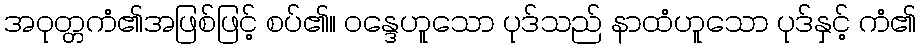
အဝုတ္တကံ၏အဖြစ်ဖြင့် စပ်၏။ ဝန္ဒေဟူသော ပုဒ်သည် နာထံဟူသော ပုဒ်နှင့် ကံ၏